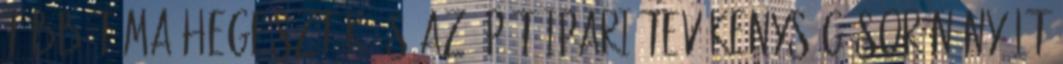
több téma Hegesztők és az építőipari tevékenység során nyílt